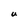
Character: U